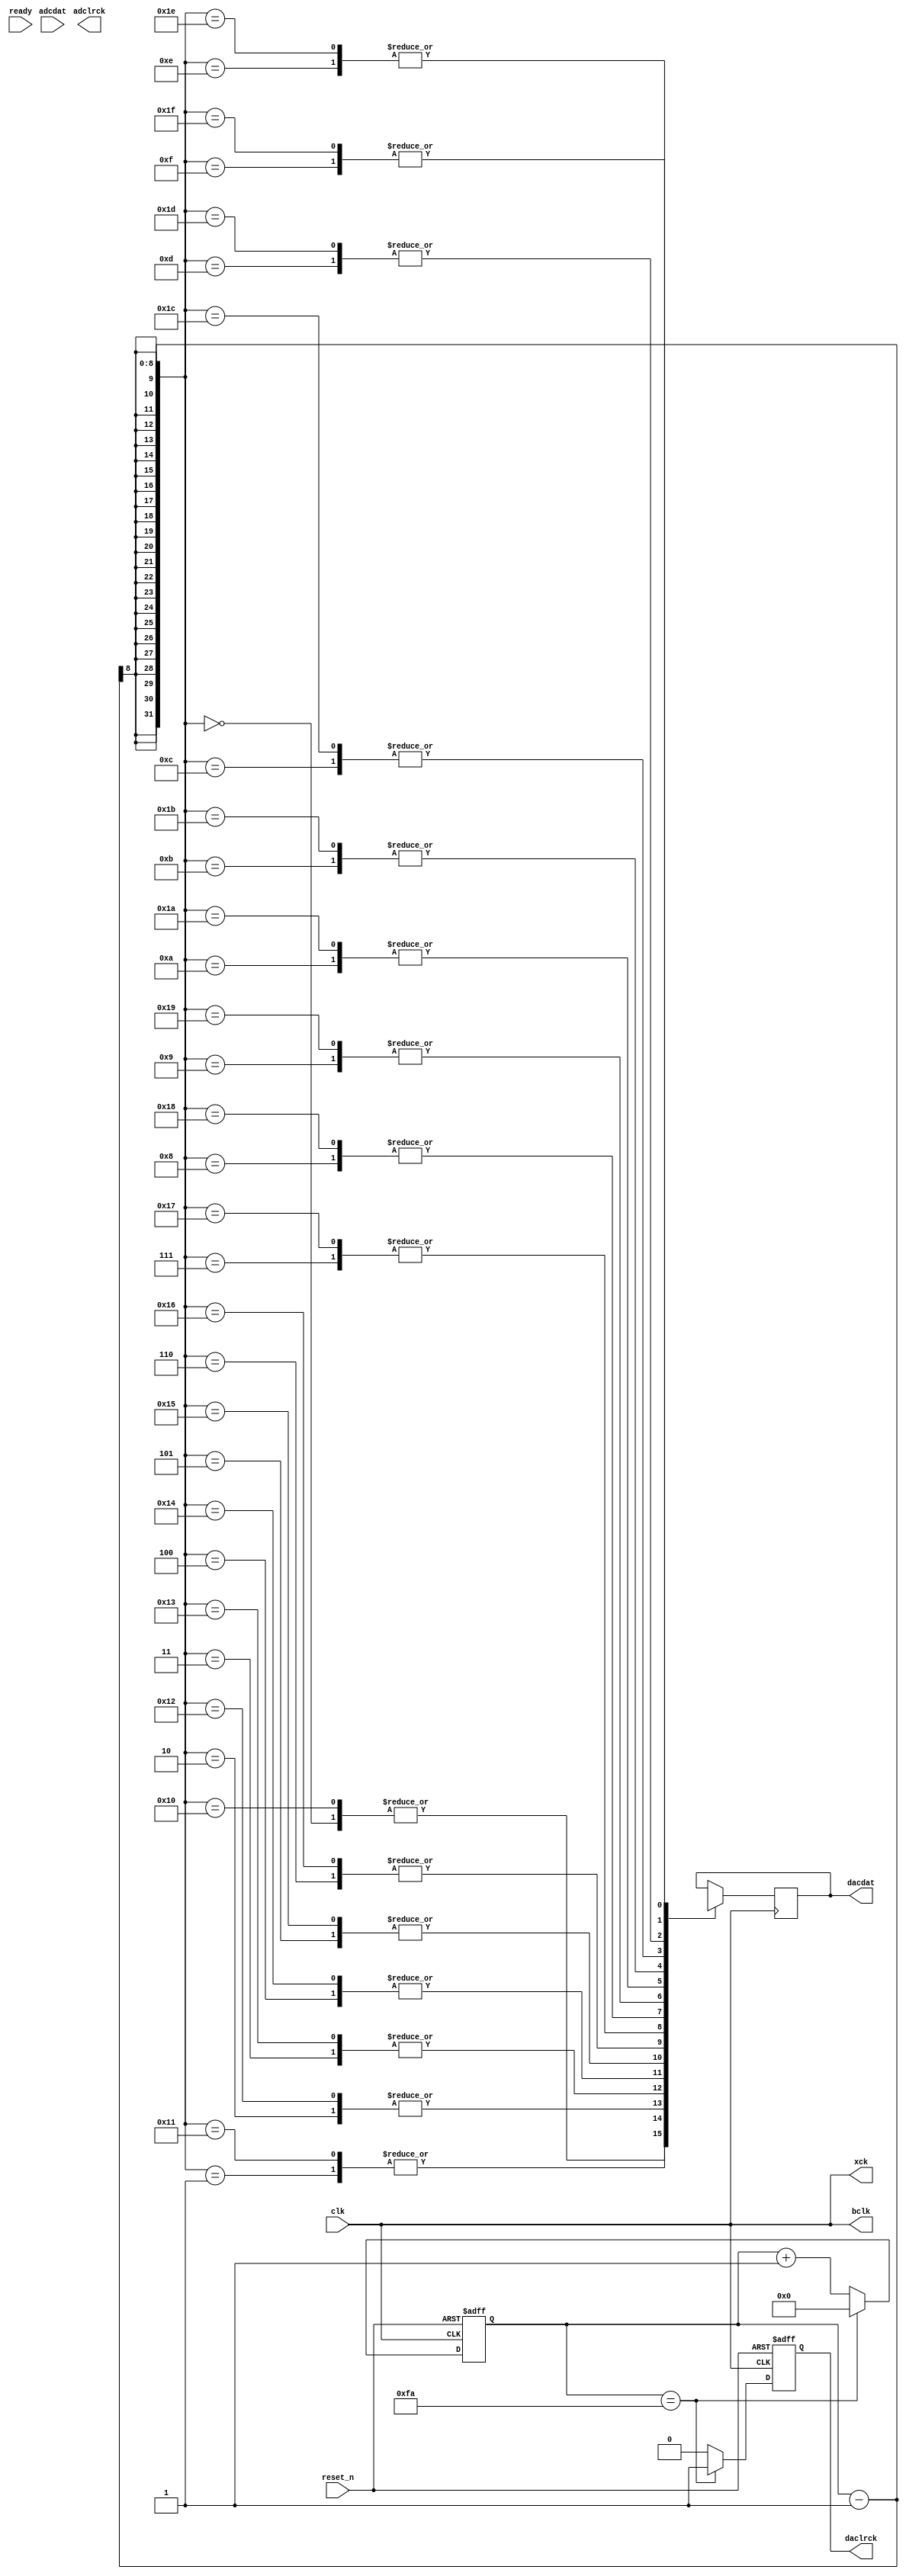
module audio (
  input clk,
  input reset_n,
  input ready,
  input adcdat,
  output adclrck,
  output bclk,
  output dacdat,
  output daclrck,
  output xck
  );

reg pulse, data;
reg [7:0] pulseCounter;
reg [7:0] address;
wire [15:0] q;

assign bclk = clk;
assign xck = clk;
assign dacdat = data;
assign daclrck = pulse;

parameter max_count = 250;

// Need to comment out to run test bench
// rom rom_U0(.address(address), .clock(clk), .q(q));

always @ ( posedge pulse ) begin
  if(reset_n == 1'b0)
    address = 0;
  else if (address >= 24055)
    address = 0;
  else if(ready)
    address = address + 1;
end

always @ (negedge clk or negedge reset_n) begin
  if(reset_n == 1'b0) begin
    pulse = 0;
    pulseCounter = 0;
  end
  else begin
    if (pulseCounter == max_count) begin
      pulse = 1;
      pulseCounter = 0;
    end
    else begin
      pulse = 0;
      pulseCounter = pulseCounter + 1;
    end
  end
end

always @ ( negedge clk ) begin
  case(pulseCounter-1)
    8'h00: data <= q[15];
    8'h01: data <= q[14];
    8'h02: data <= q[13];
    8'h03: data <= q[12];
    8'h04: data <= q[11];
    8'h05: data <= q[10];
    8'h06: data <= q[9];
    8'h07: data <= q[8];
    8'h08: data <= q[7];
    8'h09: data <= q[6];
    8'h0a: data <= q[5];
    8'h0b: data <= q[4];
    8'h0c: data <= q[3];
    8'h0d: data <= q[2];
    8'h0e: data <= q[1];
    8'h0f: data <= q[0];

    8'h10: data <= q[15];
    8'h11: data <= q[14];
    8'h12: data <= q[13];
    8'h13: data <= q[12];
    8'h14: data <= q[11];
    8'h15: data <= q[10];
    8'h16: data <= q[9];
    8'h17: data <= q[8];
    8'h18: data <= q[7];
    8'h19: data <= q[6];
    8'h1a: data <= q[5];
    8'h1b: data <= q[4];
    8'h1c: data <= q[3];
    8'h1d: data <= q[2];
    8'h1e: data <= q[1];
    8'h1f: data <= q[0];
  endcase

end

endmodule // aud